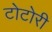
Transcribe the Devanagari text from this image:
टोटोरी